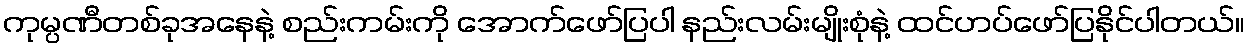
ကုမ္ပဏီတစ်ခုအနေနဲ့ စည်းကမ်းကို အောက်ဖော်ပြပါ နည်းလမ်းမျိုးစုံနဲ့ ထင်ဟပ်ဖော်ပြနိုင်ပါတယ်။